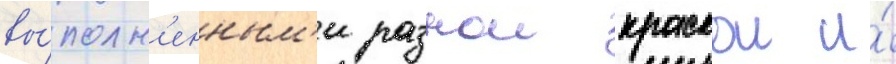
вы́полн'енным'и разнои краскои и́